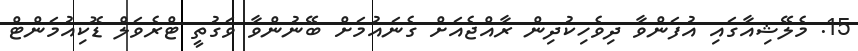
15. މެލޭޝިއާގައި އުފަންވާ ދިވެހިކުދިން ރާއްޖެއަށް ގެނައުމަށް ބޭނުންވާ ވަގުތީ ޓްރެވަލް ޑޮކިއުމަންޓް